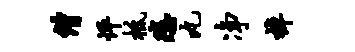
僧怦柢悲丸净棹